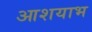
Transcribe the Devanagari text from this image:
आशयाभ